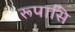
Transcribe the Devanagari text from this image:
रूपासि